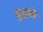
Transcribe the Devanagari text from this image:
युद्धकी